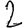
Digit: 2